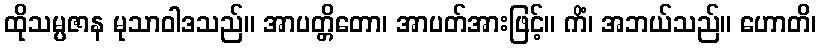
ထိုသမ္ပဇာန မုသာဝါဒသည်။ အာပတ္တိတော၊ အာပတ်အားဖြင့်။ ကိံ၊ အဘယ်သည်။ ဟောတိ၊